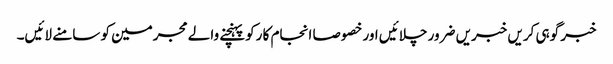
خبر گوہی کریں خبریں ضرور چلائیں اور خصوصا انجام کا رکو پہنچنے والے مجرمین کو سامنے لائیں۔